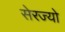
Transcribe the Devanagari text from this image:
सेरज्यो